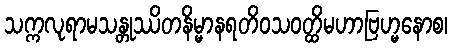
သက္ကလုရာမသန္တုဿိတနိမ္မာနရတိဝသဝတ္ထိမဟာဗြဟ္မနောစ၊